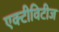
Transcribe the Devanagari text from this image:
एक्टीविटीज